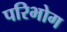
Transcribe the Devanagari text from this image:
परिभोग